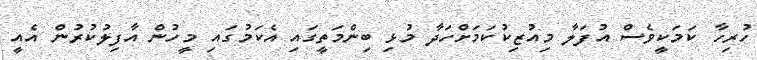
ހުރިހާ ކަމަކީވެސް އުފަލާ މިއުޒިކުކަމަށްހަދާ މުޅި ބިންމަތީގައި އެކަމުގައި މީހުން އާފިލުކުރުން އެއީ